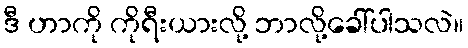
ဒီ ဟာကို ကိုရီးယားလို့ ဘာလို့ခေါ်ပါသလဲ။